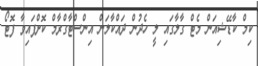
ކިމް ކާޑޭޝިއަން މެޓް ގާލާގައި ލީ ހެދުން ދައްކާލަން އިންސްޓާގްރާމް ކޮށްފައިވާ ފޮޓޯ